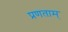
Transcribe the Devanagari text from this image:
प्रणताम्